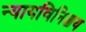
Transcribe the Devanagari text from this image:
न्यायविनिश्चय